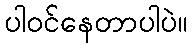
ပါ၀င်နေတာပါပဲ။